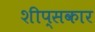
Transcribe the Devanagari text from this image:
शीप्सकार